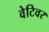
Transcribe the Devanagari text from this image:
वेटिवर